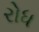
રોધ